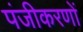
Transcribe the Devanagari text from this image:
पंजीकरणों